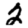
Digit: 2